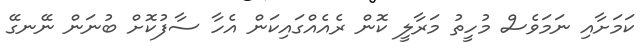
ކަމަށާއި ނަމަވެސް މުހީތު މަރާލީ ކޮން ރެއެއްގައިކަން އެހާ ސާފުކޮށް ބުނަން ނޭނގޭ